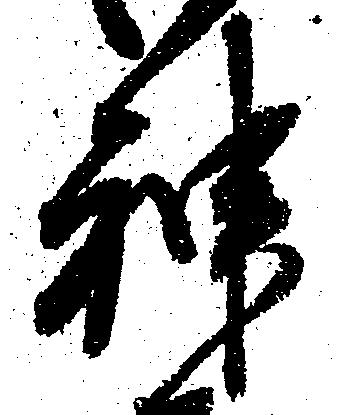
神